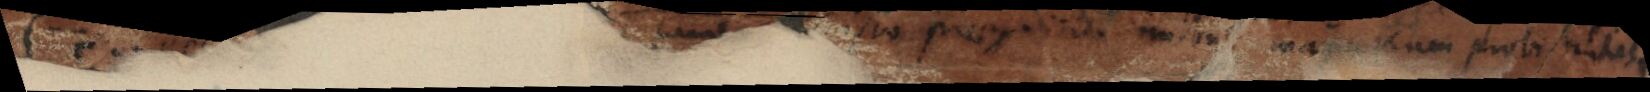
(van der Wayen) posset tamen quis isto praejudicio imbutus magna cum probabilitate